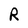
Character: R